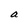
Character: a